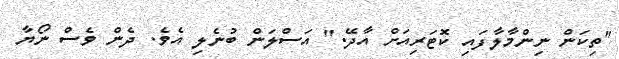
"ތިކަން ނިންމާލާފައި ކޮޓަރިއަށް އާދޭ." އަސްލަން ބުނެލި އެވެ. ދެން ވެސް ނޯޔާ